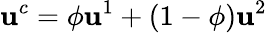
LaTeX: \mathbf{u}^{c}=\phi\mathbf{u}^{1}+(1-\phi)\mathbf{u}^{2}